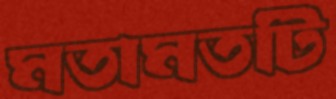
মতামতটি